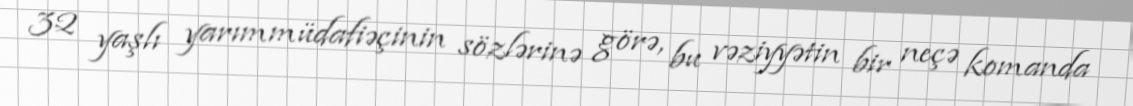
32 yaşlı yarımmüdafiəçinin sözlərinə görə, bu vəziyyətin bir neçə komanda